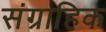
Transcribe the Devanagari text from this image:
संग्राहिक